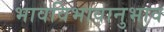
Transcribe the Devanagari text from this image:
भावविभावानुभाव